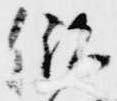
儲